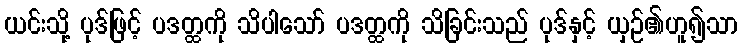
ယင်းသို့ ပုဒ်ဖြင့် ပဒတ္ထကို သိပါသော် ပဒတ္ထကို သိခြင်းသည် ပုဒ်နှင့် ယှဉ်၏ဟူ၍သာ